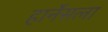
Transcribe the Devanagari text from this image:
हार्नेसला